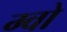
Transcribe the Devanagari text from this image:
ग्वो